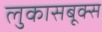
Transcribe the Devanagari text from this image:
लुकासबूक्स